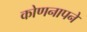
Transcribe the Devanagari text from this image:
कोणनापने